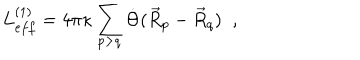
LaTeX: L _ { e f f } ^ { ( 1 ) } = 4 \pi \kappa \sum _ { p > q } \dot { \Theta } ( \vec { R } _ { p } - \vec { R } _ { q } ) \; \; ,